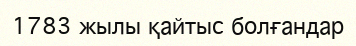
1783 жылы қайтыс болғандар